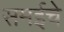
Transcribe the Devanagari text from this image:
समईचे